Report of the Indian Hemp Drugs Commission, 1894-1895 - Volume IV
Year: 1894
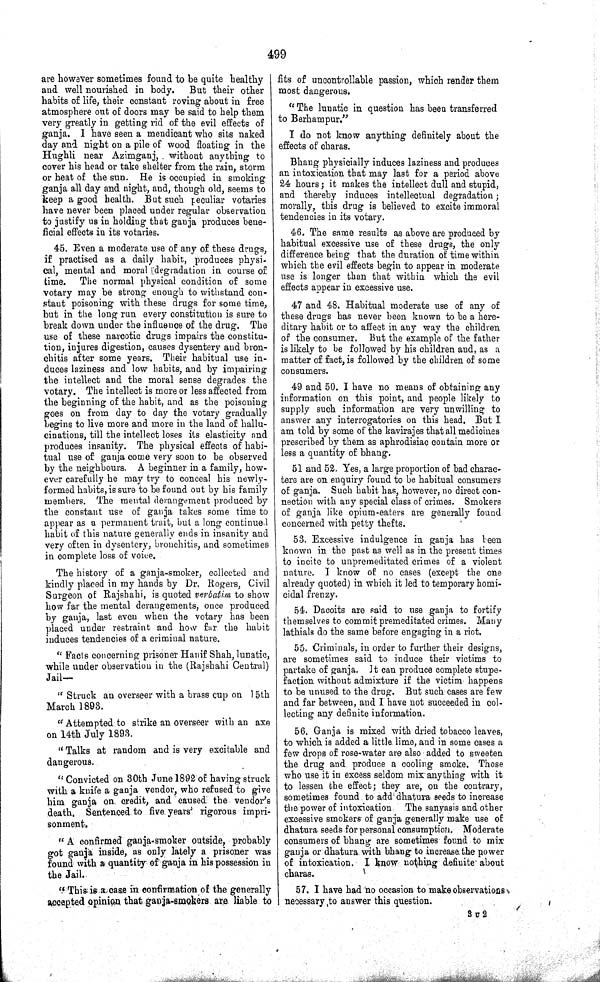
499
are however sometimes found to be quite healthy
and well nourished in body.
But their other
habits of life, their constant roving about in free
atmosphere out of doors may be said to help them
very greatly in getting rid of the evil effects of
ganja. I have seen a mendicant who sits naked
day and night on a pile of wood floating in the
Hughli near Azimganj, without anything to
cover his head or take shelter from the rain, storm
or heat of the sun. He is occupied in smoking
ganja all day and night, and, though old, seems to
keep a good health. But such peculiar votaries
have never been placed under regular observation
to justify us in holding that ganja produces bene-
ficial effects in its votaries.
45. Even a moderate use of any of these drugs,
if practised as a daily habit, produces physi-
cal, mental and moral [degradation in course of
time. The normal physical condition of some
votary may be strong enough to withstand con-
stant poisoning with these drugs for some time,
but in the long run every constitution is sure to
break down under the influence of the drug. The
use of these narcotic drugs impairs the constitu-
tion, injures digestion, causes dysentery and bron-
chitis after some years. Their habitual use in-
duces laziness and low habits, and by impairing
the intellect and the moral sense degrades the
votary. The intellect is more or less affected from
the beginning of the habit, and as the poisoning
goes on from day to day the votary gradually
begins to live more and more in the land of hallu-
cinations, till the intellect loses its elasticity and
produces insanity. The physical effects of habi-
tual use of ganja come very soon to be observed
by the neighbours. A beginner in a family, how-
ever carefully he may try to conceal his newly-
formed habits, is sure to be found out by his family
members. The mental derangement produced by
the constant use of ganja takes some time to
appear as a permanent trait, but a long continued
habit of this nature generally ends in insanity and
very often in dysentery, bronchitis, and sometimes
in complete loss of voice.
The history of a ganja-smoker, collected and
kindly placed in my hands by Dr. Rogers, Civil
Surgeon of Rajshahi, is quoted verbatim to show
how far the mental derangements, once produced
by ganja, last even when the votary has been
placed under restraint and how far the habit
induces tendencies of a criminal nature.
"Facts concerning prisoner Hanif Shah, lunatic,
while under observation in the (Rajshahi Central)
Jail—
" Struck an overseer with a brass cup on 15th
March 1893.
"Attempted to strike an overseer with an axe
on 14th July 1893.
"Talks at random and is very excitable and
dangerous.
"Convicted on 30th June 1892 of having struck
with a knife a ganja vendor, who refused to give
him ganja on credit, and caused the vendor's
death. Sentenced to five years' rigorous impri-
sonment.
"A confirmed ganja-smoker outside, probably
got ganja inside, as only lately a prisoner was
found with a quantity of ganja in his possession in
the Jail.
"This is a case in confirmation of the generally
accepted opinion that ganja-smokers are liable to
fits of uncontrollable passion, which render them
most dangerous.
"The lunatic in question has been transferred
to Berhampur."
I do not know anything definitely about the
effects of charas.
Bhang physicially induces laziness and produces
an intoxication that may last for a period above
24 hours; it makes the intellect dull and stupid,
and thereby induces intellectual degradation;
morally, this drug is believed to excite immoral
tendencies in its votary.
46. The same results as above are produced by
habitual excessive use of these drugs, the only
difference being that the duration of time within
which the evil effects begin to appear in moderate
use is longer than that within which the evil
effects appear in excessive use.
47 and 48. Habitual moderate use of any of
these drugs has never been known to be a here-
ditary habit or to affect in any way the children
of the consumer. But the example of the father
is likely to be followed by his children and, as a
matter of fact, is followed by the children of some
consumers.
49 and 50. I have no means of obtaining any
information on this point, and people likely to
supply such information are very unwilling to
answer any interrogatories on this head. But I
am told by some of the kavirajes that all medicines
prescribed by them as aphrodisiac contain more or
less a quantity of bhang.
51 and 52. Yes, a large proportion of bad charac-
ters are on enquiry found to be habitual consumers
of ganja. Such habit has, however, no direct con-
nection with any special class of crimes. Smokers
of ganja like opium-eaters are generally found
concerned with petty thefts.
53. Excessive indulgence in ganja has been
known in the past as well as in the present times
to incite to unpremeditated crimes of a violent
nature. I know of no cases (except the one
already quoted) in which it led to temporary homi-
cidal frenzy.
54. Dacoits are said to use ganja to fortify
themselves to commit premeditated crimes. Many
lathials do the same before engaging in a riot.
55. Criminals, in order to further their designs,
are sometimes said to induce their victims to
partake of ganja. It can produce complete stupe-
faction without admixture if the victim happens
to be unused to the drug. But such cases are few
and far between, and I have not succeeded in col-
lecting any definite information.
56. Ganja is mixed with dried tobacco leaves,
to which is added a little lime, and in some cases a
few drops of rose-water are also added to sweeten
the drug and produce a cooling smoke. Those
who use it in excess seldom mix anything with it
to lessen the effect; they are, on the contrary,
sometimes found to add dhatura seeds to increase
the power of intoxication. The sanyasis and other
excessive smokers of ganja generally make use of
dhatura seeds for personal consumption. Moderate
consumers of bhang are sometimes found to mix
ganja or dhatura with bhang to increase the power
of intoxication. I know nothing definite about
charas.
57. I have had no occasion to make observations
necessary to answer this question.
3 U 2